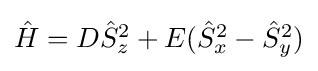
{\textstyle {\hat {H}}=D{\hat {S}}_{z}^{2}+E({\hat {S}}_{x}^{2}-{\hat {S}}_{y}^{2})}